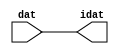

//------> /package/eda/mg/Catapult_10.3d/Mgc_home/pkgs/siflibs/ccs_in_v1.v 
//------------------------------------------------------------------------------
// Catapult Synthesis - Sample I/O Port Library
//
// Copyright (c) 2003-2017 Mentor Graphics Corp.
//       All Rights Reserved
//
// This document may be used and distributed without restriction provided that
// this copyright statement is not removed from the file and that any derivative
// work contains this copyright notice.
//
// The design information contained in this file is intended to be an example
// of the functionality which the end user may study in preparation for creating
// their own custom interfaces. This design does not necessarily present a 
// complete implementation of the named protocol or standard.
//
//------------------------------------------------------------------------------


module ccs_in_v1 (idat, dat);

  parameter integer rscid = 1;
  parameter integer width = 8;

  output [width-1:0] idat;
  input  [width-1:0] dat;

  wire   [width-1:0] idat;

  assign idat = dat;

endmodule


//------> /package/eda/mg/Catapult_10.3d/Mgc_home/pkgs/siflibs/ccs_out_v1.v 
//------------------------------------------------------------------------------
// Catapult Synthesis - Sample I/O Port Library
//
// Copyright (c) 2003-2015 Mentor Graphics Corp.
//       All Rights Reserved
//
// This document may be used and distributed without restriction provided that
// this copyright statement is not removed from the file and that any derivative
// work contains this copyright notice.
//
// The design information contained in this file is intended to be an example
// of the functionality which the end user may study in preparation for creating
// their own custom interfaces. This design does not necessarily present a 
// complete implementation of the named protocol or standard.
//
//------------------------------------------------------------------------------

module ccs_out_v1 (dat, idat);

  parameter integer rscid = 1;
  parameter integer width = 8;

  output   [width-1:0] dat;
  input    [width-1:0] idat;

  wire     [width-1:0] dat;

  assign dat = idat;

endmodule




//------> /package/eda/mg/Catapult_10.3d/Mgc_home/pkgs/siflibs/mgc_io_sync_v2.v 
//------------------------------------------------------------------------------
// Catapult Synthesis - Sample I/O Port Library
//
// Copyright (c) 2003-2017 Mentor Graphics Corp.
//       All Rights Reserved
//
// This document may be used and distributed without restriction provided that
// this copyright statement is not removed from the file and that any derivative
// work contains this copyright notice.
//
// The design information contained in this file is intended to be an example
// of the functionality which the end user may study in preparation for creating
// their own custom interfaces. This design does not necessarily present a 
// complete implementation of the named protocol or standard.
//
//------------------------------------------------------------------------------


module mgc_io_sync_v2 (ld, lz);
    parameter valid = 0;

    input  ld;
    output lz;

    wire   lz;

    assign lz = ld;

endmodule


//------> ./rtl.v 
// ----------------------------------------------------------------------
//  HLS HDL:        Verilog Netlister
//  HLS Version:    10.3d/815731 Production Release
//  HLS Date:       Wed Apr 24 14:54:19 PDT 2019
// 
//  Generated by:   695r48@cparch23.ecn.purdue.edu
//  Generated date: Tue Nov  9 14:52:32 2021
// ----------------------------------------------------------------------

// 
// ------------------------------------------------------------------
//  Design Unit:    fir_Altera_DIST_DIST_1R1W_RBW_rport_1_16_5_32_32_16_gen
// ------------------------------------------------------------------


module fir_Altera_DIST_DIST_1R1W_RBW_rport_1_16_5_32_32_16_gen (
  q, radr, radr_d, q_d, rport_r_ram_ir_internal_RMASK_B_d
);
  input [15:0] q;
  output [4:0] radr;
  input [4:0] radr_d;
  output [15:0] q_d;
  input rport_r_ram_ir_internal_RMASK_B_d;



  // Interconnect Declarations for Component Instantiations 
  assign q_d = q;
  assign radr = (radr_d);
endmodule

// ------------------------------------------------------------------
//  Design Unit:    fir_core_core_fsm
//  FSM Module
// ------------------------------------------------------------------


module fir_core_core_fsm (
  clk, rst, fsm_output, MAC_C_2_tr0
);
  input clk;
  input rst;
  output [4:0] fsm_output;
  reg [4:0] fsm_output;
  input MAC_C_2_tr0;


  // FSM State Type Declaration for fir_core_core_fsm_1
  parameter
    main_C_0 = 3'd0,
    MAC_C_0 = 3'd1,
    MAC_C_1 = 3'd2,
    MAC_C_2 = 3'd3,
    main_C_1 = 3'd4;

  reg [2:0] state_var;
  reg [2:0] state_var_NS;


  // Interconnect Declarations for Component Instantiations 
  always @(*)
  begin : fir_core_core_fsm_1
    case (state_var)
      MAC_C_0 : begin
        fsm_output = 5'b00010;
        state_var_NS = MAC_C_1;
      end
      MAC_C_1 : begin
        fsm_output = 5'b00100;
        state_var_NS = MAC_C_2;
      end
      MAC_C_2 : begin
        fsm_output = 5'b01000;
        if ( MAC_C_2_tr0 ) begin
          state_var_NS = main_C_1;
        end
        else begin
          state_var_NS = MAC_C_0;
        end
      end
      main_C_1 : begin
        fsm_output = 5'b10000;
        state_var_NS = main_C_0;
      end
      // main_C_0
      default : begin
        fsm_output = 5'b00001;
        state_var_NS = MAC_C_0;
      end
    endcase
  end

  always @(posedge clk) begin
    if ( rst ) begin
      state_var <= main_C_0;
    end
    else begin
      state_var <= state_var_NS;
    end
  end

endmodule

// ------------------------------------------------------------------
//  Design Unit:    fir_core
// ------------------------------------------------------------------


module fir_core (
  clk, rst, coeffs_rsc_triosy_lz, in1_rsc_dat, in1_rsc_triosy_lz, out1_rsc_dat, out1_rsc_triosy_lz,
      coeffs_rsci_radr_d, coeffs_rsci_q_d, coeffs_rsci_rport_r_ram_ir_internal_RMASK_B_d
);
  input clk;
  input rst;
  output coeffs_rsc_triosy_lz;
  input [15:0] in1_rsc_dat;
  output in1_rsc_triosy_lz;
  output [15:0] out1_rsc_dat;
  output out1_rsc_triosy_lz;
  output [4:0] coeffs_rsci_radr_d;
  input [15:0] coeffs_rsci_q_d;
  output coeffs_rsci_rport_r_ram_ir_internal_RMASK_B_d;


  // Interconnect Declarations
  wire [15:0] in1_rsci_idat;
  reg [15:0] out1_rsci_idat;
  wire [4:0] fsm_output;
  wire or_tmp_67;
  reg [5:0] MAC_i_5_0_sva_1;
  wire [6:0] nl_MAC_i_5_0_sva_1;
  reg reg_out1_rsc_triosy_obj_ld_cse;
  wire reg_out1_out1_and_cse;
  reg [4:0] MAC_i_5_0_sva_4_0;
  reg [15:0] regs_15_sva;
  reg [15:0] regs_16_sva;
  reg [15:0] regs_14_sva;
  reg [15:0] regs_17_sva;
  reg [15:0] regs_13_sva;
  reg [15:0] regs_18_sva;
  reg [15:0] regs_12_sva;
  reg [15:0] regs_19_sva;
  reg [15:0] regs_11_sva;
  reg [15:0] regs_20_sva;
  reg [15:0] regs_10_sva;
  reg [15:0] regs_21_sva;
  reg [15:0] regs_9_sva;
  reg [15:0] regs_22_sva;
  reg [15:0] regs_8_sva;
  reg [15:0] regs_23_sva;
  reg [15:0] regs_7_sva;
  reg [15:0] regs_24_sva;
  reg [15:0] regs_6_sva;
  reg [15:0] regs_25_sva;
  reg [15:0] regs_5_sva;
  reg [15:0] regs_26_sva;
  reg [15:0] regs_4_sva;
  reg [15:0] regs_27_sva;
  reg [15:0] regs_3_sva;
  reg [15:0] regs_28_sva;
  reg [15:0] regs_2_sva;
  reg [15:0] regs_29_sva;
  reg [15:0] regs_1_sva;
  reg [15:0] regs_30_sva;
  reg [15:0] regs_0_sva;
  reg [29:0] acc_32_3_sva;
  reg [15:0] regs_30_sva_1;
  reg [15:0] regs_29_sva_1;
  reg [15:0] regs_28_sva_1;
  reg [15:0] regs_27_sva_1;
  reg [15:0] regs_26_sva_1;
  reg [15:0] regs_25_sva_1;
  reg [15:0] regs_24_sva_1;
  reg [15:0] regs_23_sva_1;
  reg [15:0] regs_22_sva_1;
  reg [15:0] regs_21_sva_1;
  reg [15:0] regs_20_sva_1;
  reg [15:0] regs_19_sva_1;
  reg [15:0] regs_18_sva_1;
  reg [15:0] regs_17_sva_1;
  reg [15:0] regs_16_sva_1;
  reg [15:0] regs_15_sva_1;
  reg [15:0] regs_14_sva_1;
  reg [15:0] regs_13_sva_1;
  reg [15:0] regs_12_sva_1;
  reg [15:0] regs_11_sva_1;
  reg [15:0] regs_10_sva_1;
  reg [15:0] regs_9_sva_1;
  reg [15:0] regs_8_sva_1;
  reg [15:0] regs_7_sva_1;
  reg [15:0] regs_6_sva_1;
  reg [15:0] regs_5_sva_1;
  reg [15:0] regs_4_sva_1;
  reg [15:0] regs_3_sva_1;
  reg [15:0] regs_2_sva_1;
  reg [15:0] regs_1_sva_1;
  reg [15:0] regs_0_sva_1;
  reg [15:0] MAC_mux_itm;
  reg [29:0] MAC_mul_itm;
  wire signed [31:0] nl_MAC_mul_itm;
  wire [29:0] acc_32_3_sva_2;
  wire [30:0] nl_acc_32_3_sva_2;


  // Interconnect Declarations for Component Instantiations 
  wire [0:0] nl_fir_core_core_fsm_inst_MAC_C_2_tr0;
  assign nl_fir_core_core_fsm_inst_MAC_C_2_tr0 = MAC_i_5_0_sva_1[5];
  ccs_in_v1 #(.rscid(32'sd2),
  .width(32'sd16)) in1_rsci (
      .dat(in1_rsc_dat),
      .idat(in1_rsci_idat)
    );
  ccs_out_v1 #(.rscid(32'sd3),
  .width(32'sd16)) out1_rsci (
      .idat(out1_rsci_idat),
      .dat(out1_rsc_dat)
    );
  mgc_io_sync_v2 #(.valid(32'sd0)) coeffs_rsc_triosy_obj (
      .ld(reg_out1_rsc_triosy_obj_ld_cse),
      .lz(coeffs_rsc_triosy_lz)
    );
  mgc_io_sync_v2 #(.valid(32'sd0)) in1_rsc_triosy_obj (
      .ld(reg_out1_rsc_triosy_obj_ld_cse),
      .lz(in1_rsc_triosy_lz)
    );
  mgc_io_sync_v2 #(.valid(32'sd0)) out1_rsc_triosy_obj (
      .ld(reg_out1_rsc_triosy_obj_ld_cse),
      .lz(out1_rsc_triosy_lz)
    );
  fir_core_core_fsm fir_core_core_fsm_inst (
      .clk(clk),
      .rst(rst),
      .fsm_output(fsm_output),
      .MAC_C_2_tr0(nl_fir_core_core_fsm_inst_MAC_C_2_tr0[0:0])
    );
  assign reg_out1_out1_and_cse = (MAC_i_5_0_sva_1[5]) & (fsm_output[3]);
  assign nl_acc_32_3_sva_2 = acc_32_3_sva + MAC_mul_itm;
  assign acc_32_3_sva_2 = nl_acc_32_3_sva_2[29:0];
  assign or_tmp_67 = ~((fsm_output[0]) | (fsm_output[4]));
  assign coeffs_rsci_radr_d = MAC_i_5_0_sva_4_0;
  assign coeffs_rsci_rport_r_ram_ir_internal_RMASK_B_d = fsm_output[1];
  always @(posedge clk) begin
    if ( rst ) begin
      acc_32_3_sva <= 30'b000000000000000000000000000000;
    end
    else if ( (fsm_output[3]) | (fsm_output[0]) ) begin
      acc_32_3_sva <= MUX_v_30_2_2(30'b000000000000000000000000000000, acc_32_3_sva_2,
          (fsm_output[3]));
    end
  end
  always @(posedge clk) begin
    if ( rst ) begin
      out1_rsci_idat <= 16'b0000000000000000;
      regs_0_sva <= 16'b0000000000000000;
      regs_1_sva <= 16'b0000000000000000;
      regs_2_sva <= 16'b0000000000000000;
      regs_3_sva <= 16'b0000000000000000;
      regs_4_sva <= 16'b0000000000000000;
      regs_5_sva <= 16'b0000000000000000;
      regs_6_sva <= 16'b0000000000000000;
      regs_7_sva <= 16'b0000000000000000;
      regs_8_sva <= 16'b0000000000000000;
      regs_9_sva <= 16'b0000000000000000;
      regs_10_sva <= 16'b0000000000000000;
      regs_11_sva <= 16'b0000000000000000;
      regs_12_sva <= 16'b0000000000000000;
      regs_13_sva <= 16'b0000000000000000;
      regs_14_sva <= 16'b0000000000000000;
      regs_15_sva <= 16'b0000000000000000;
      regs_16_sva <= 16'b0000000000000000;
      regs_17_sva <= 16'b0000000000000000;
      regs_18_sva <= 16'b0000000000000000;
      regs_19_sva <= 16'b0000000000000000;
      regs_20_sva <= 16'b0000000000000000;
      regs_21_sva <= 16'b0000000000000000;
      regs_22_sva <= 16'b0000000000000000;
      regs_23_sva <= 16'b0000000000000000;
      regs_24_sva <= 16'b0000000000000000;
      regs_25_sva <= 16'b0000000000000000;
      regs_26_sva <= 16'b0000000000000000;
      regs_27_sva <= 16'b0000000000000000;
      regs_28_sva <= 16'b0000000000000000;
      regs_29_sva <= 16'b0000000000000000;
      regs_30_sva <= 16'b0000000000000000;
    end
    else if ( reg_out1_out1_and_cse ) begin
      out1_rsci_idat <= acc_32_3_sva_2[29:14];
      regs_0_sva <= regs_0_sva_1;
      regs_1_sva <= regs_1_sva_1;
      regs_2_sva <= regs_2_sva_1;
      regs_3_sva <= regs_3_sva_1;
      regs_4_sva <= regs_4_sva_1;
      regs_5_sva <= regs_5_sva_1;
      regs_6_sva <= regs_6_sva_1;
      regs_7_sva <= regs_7_sva_1;
      regs_8_sva <= regs_8_sva_1;
      regs_9_sva <= regs_9_sva_1;
      regs_10_sva <= regs_10_sva_1;
      regs_11_sva <= regs_11_sva_1;
      regs_12_sva <= regs_12_sva_1;
      regs_13_sva <= regs_13_sva_1;
      regs_14_sva <= regs_14_sva_1;
      regs_15_sva <= regs_15_sva_1;
      regs_16_sva <= regs_16_sva_1;
      regs_17_sva <= regs_17_sva_1;
      regs_18_sva <= regs_18_sva_1;
      regs_19_sva <= regs_19_sva_1;
      regs_20_sva <= regs_20_sva_1;
      regs_21_sva <= regs_21_sva_1;
      regs_22_sva <= regs_22_sva_1;
      regs_23_sva <= regs_23_sva_1;
      regs_24_sva <= regs_24_sva_1;
      regs_25_sva <= regs_25_sva_1;
      regs_26_sva <= regs_26_sva_1;
      regs_27_sva <= regs_27_sva_1;
      regs_28_sva <= regs_28_sva_1;
      regs_29_sva <= regs_29_sva_1;
      regs_30_sva <= regs_30_sva_1;
    end
  end
  always @(posedge clk) begin
    if ( rst ) begin
      MAC_i_5_0_sva_4_0 <= 5'b00000;
      reg_out1_rsc_triosy_obj_ld_cse <= 1'b0;
      MAC_mux_itm <= 16'b0000000000000000;
      MAC_mul_itm <= 30'b000000000000000000000000000000;
    end
    else begin
      MAC_i_5_0_sva_4_0 <= MUX_v_5_2_2(5'b00000, (MAC_i_5_0_sva_1[4:0]), (fsm_output[3]));
      reg_out1_rsc_triosy_obj_ld_cse <= reg_out1_out1_and_cse;
      MAC_mux_itm <= MUX_v_16_32_2(regs_0_sva_1, regs_0_sva, regs_1_sva, regs_2_sva,
          regs_3_sva, regs_4_sva, regs_5_sva, regs_6_sva, regs_7_sva, regs_8_sva,
          regs_9_sva, regs_10_sva, regs_11_sva, regs_12_sva, regs_13_sva, regs_14_sva,
          regs_15_sva, regs_16_sva, regs_17_sva, regs_18_sva, regs_19_sva, regs_20_sva,
          regs_21_sva, regs_22_sva, regs_23_sva, regs_24_sva, regs_25_sva, regs_26_sva,
          regs_27_sva, regs_28_sva, regs_29_sva, regs_30_sva, MAC_i_5_0_sva_4_0);
      MAC_mul_itm <= nl_MAC_mul_itm[29:0];
    end
  end
  always @(posedge clk) begin
    if ( rst ) begin
      regs_0_sva_1 <= 16'b0000000000000000;
    end
    else if ( ~ or_tmp_67 ) begin
      regs_0_sva_1 <= in1_rsci_idat;
    end
  end
  always @(posedge clk) begin
    if ( rst ) begin
      regs_30_sva_1 <= 16'b0000000000000000;
    end
    else if ( ~ or_tmp_67 ) begin
      regs_30_sva_1 <= regs_29_sva;
    end
  end
  always @(posedge clk) begin
    if ( rst ) begin
      regs_29_sva_1 <= 16'b0000000000000000;
    end
    else if ( ~ or_tmp_67 ) begin
      regs_29_sva_1 <= regs_28_sva;
    end
  end
  always @(posedge clk) begin
    if ( rst ) begin
      regs_28_sva_1 <= 16'b0000000000000000;
    end
    else if ( ~ or_tmp_67 ) begin
      regs_28_sva_1 <= regs_27_sva;
    end
  end
  always @(posedge clk) begin
    if ( rst ) begin
      regs_27_sva_1 <= 16'b0000000000000000;
    end
    else if ( ~ or_tmp_67 ) begin
      regs_27_sva_1 <= regs_26_sva;
    end
  end
  always @(posedge clk) begin
    if ( rst ) begin
      regs_26_sva_1 <= 16'b0000000000000000;
    end
    else if ( ~ or_tmp_67 ) begin
      regs_26_sva_1 <= regs_25_sva;
    end
  end
  always @(posedge clk) begin
    if ( rst ) begin
      regs_25_sva_1 <= 16'b0000000000000000;
    end
    else if ( ~ or_tmp_67 ) begin
      regs_25_sva_1 <= regs_24_sva;
    end
  end
  always @(posedge clk) begin
    if ( rst ) begin
      regs_24_sva_1 <= 16'b0000000000000000;
    end
    else if ( ~ or_tmp_67 ) begin
      regs_24_sva_1 <= regs_23_sva;
    end
  end
  always @(posedge clk) begin
    if ( rst ) begin
      regs_23_sva_1 <= 16'b0000000000000000;
    end
    else if ( ~ or_tmp_67 ) begin
      regs_23_sva_1 <= regs_22_sva;
    end
  end
  always @(posedge clk) begin
    if ( rst ) begin
      regs_22_sva_1 <= 16'b0000000000000000;
    end
    else if ( ~ or_tmp_67 ) begin
      regs_22_sva_1 <= regs_21_sva;
    end
  end
  always @(posedge clk) begin
    if ( rst ) begin
      regs_21_sva_1 <= 16'b0000000000000000;
    end
    else if ( ~ or_tmp_67 ) begin
      regs_21_sva_1 <= regs_20_sva;
    end
  end
  always @(posedge clk) begin
    if ( rst ) begin
      regs_20_sva_1 <= 16'b0000000000000000;
    end
    else if ( ~ or_tmp_67 ) begin
      regs_20_sva_1 <= regs_19_sva;
    end
  end
  always @(posedge clk) begin
    if ( rst ) begin
      regs_19_sva_1 <= 16'b0000000000000000;
    end
    else if ( ~ or_tmp_67 ) begin
      regs_19_sva_1 <= regs_18_sva;
    end
  end
  always @(posedge clk) begin
    if ( rst ) begin
      regs_18_sva_1 <= 16'b0000000000000000;
    end
    else if ( ~ or_tmp_67 ) begin
      regs_18_sva_1 <= regs_17_sva;
    end
  end
  always @(posedge clk) begin
    if ( rst ) begin
      regs_17_sva_1 <= 16'b0000000000000000;
    end
    else if ( ~ or_tmp_67 ) begin
      regs_17_sva_1 <= regs_16_sva;
    end
  end
  always @(posedge clk) begin
    if ( rst ) begin
      regs_16_sva_1 <= 16'b0000000000000000;
    end
    else if ( ~ or_tmp_67 ) begin
      regs_16_sva_1 <= regs_15_sva;
    end
  end
  always @(posedge clk) begin
    if ( rst ) begin
      regs_15_sva_1 <= 16'b0000000000000000;
    end
    else if ( ~ or_tmp_67 ) begin
      regs_15_sva_1 <= regs_14_sva;
    end
  end
  always @(posedge clk) begin
    if ( rst ) begin
      regs_14_sva_1 <= 16'b0000000000000000;
    end
    else if ( ~ or_tmp_67 ) begin
      regs_14_sva_1 <= regs_13_sva;
    end
  end
  always @(posedge clk) begin
    if ( rst ) begin
      regs_13_sva_1 <= 16'b0000000000000000;
    end
    else if ( ~ or_tmp_67 ) begin
      regs_13_sva_1 <= regs_12_sva;
    end
  end
  always @(posedge clk) begin
    if ( rst ) begin
      regs_12_sva_1 <= 16'b0000000000000000;
    end
    else if ( ~ or_tmp_67 ) begin
      regs_12_sva_1 <= regs_11_sva;
    end
  end
  always @(posedge clk) begin
    if ( rst ) begin
      regs_11_sva_1 <= 16'b0000000000000000;
    end
    else if ( ~ or_tmp_67 ) begin
      regs_11_sva_1 <= regs_10_sva;
    end
  end
  always @(posedge clk) begin
    if ( rst ) begin
      regs_10_sva_1 <= 16'b0000000000000000;
    end
    else if ( ~ or_tmp_67 ) begin
      regs_10_sva_1 <= regs_9_sva;
    end
  end
  always @(posedge clk) begin
    if ( rst ) begin
      regs_9_sva_1 <= 16'b0000000000000000;
    end
    else if ( ~ or_tmp_67 ) begin
      regs_9_sva_1 <= regs_8_sva;
    end
  end
  always @(posedge clk) begin
    if ( rst ) begin
      regs_8_sva_1 <= 16'b0000000000000000;
    end
    else if ( ~ or_tmp_67 ) begin
      regs_8_sva_1 <= regs_7_sva;
    end
  end
  always @(posedge clk) begin
    if ( rst ) begin
      regs_7_sva_1 <= 16'b0000000000000000;
    end
    else if ( ~ or_tmp_67 ) begin
      regs_7_sva_1 <= regs_6_sva;
    end
  end
  always @(posedge clk) begin
    if ( rst ) begin
      regs_6_sva_1 <= 16'b0000000000000000;
    end
    else if ( ~ or_tmp_67 ) begin
      regs_6_sva_1 <= regs_5_sva;
    end
  end
  always @(posedge clk) begin
    if ( rst ) begin
      regs_5_sva_1 <= 16'b0000000000000000;
    end
    else if ( ~ or_tmp_67 ) begin
      regs_5_sva_1 <= regs_4_sva;
    end
  end
  always @(posedge clk) begin
    if ( rst ) begin
      regs_4_sva_1 <= 16'b0000000000000000;
    end
    else if ( ~ or_tmp_67 ) begin
      regs_4_sva_1 <= regs_3_sva;
    end
  end
  always @(posedge clk) begin
    if ( rst ) begin
      regs_3_sva_1 <= 16'b0000000000000000;
    end
    else if ( ~ or_tmp_67 ) begin
      regs_3_sva_1 <= regs_2_sva;
    end
  end
  always @(posedge clk) begin
    if ( rst ) begin
      regs_2_sva_1 <= 16'b0000000000000000;
    end
    else if ( ~ or_tmp_67 ) begin
      regs_2_sva_1 <= regs_1_sva;
    end
  end
  always @(posedge clk) begin
    if ( rst ) begin
      regs_1_sva_1 <= 16'b0000000000000000;
    end
    else if ( ~ or_tmp_67 ) begin
      regs_1_sva_1 <= regs_0_sva;
    end
  end
  always @(posedge clk) begin
    if ( rst ) begin
      MAC_i_5_0_sva_1 <= 6'b000000;
    end
    else if ( fsm_output[1] ) begin
      MAC_i_5_0_sva_1 <= nl_MAC_i_5_0_sva_1[5:0];
    end
  end
  assign nl_MAC_mul_itm  = $signed(MAC_mux_itm) * $signed((coeffs_rsci_q_d));
  assign nl_MAC_i_5_0_sva_1  = conv_u2s_5_6(MAC_i_5_0_sva_4_0) + 6'b000001;

  function automatic [15:0] MUX_v_16_32_2;
    input [15:0] input_0;
    input [15:0] input_1;
    input [15:0] input_2;
    input [15:0] input_3;
    input [15:0] input_4;
    input [15:0] input_5;
    input [15:0] input_6;
    input [15:0] input_7;
    input [15:0] input_8;
    input [15:0] input_9;
    input [15:0] input_10;
    input [15:0] input_11;
    input [15:0] input_12;
    input [15:0] input_13;
    input [15:0] input_14;
    input [15:0] input_15;
    input [15:0] input_16;
    input [15:0] input_17;
    input [15:0] input_18;
    input [15:0] input_19;
    input [15:0] input_20;
    input [15:0] input_21;
    input [15:0] input_22;
    input [15:0] input_23;
    input [15:0] input_24;
    input [15:0] input_25;
    input [15:0] input_26;
    input [15:0] input_27;
    input [15:0] input_28;
    input [15:0] input_29;
    input [15:0] input_30;
    input [15:0] input_31;
    input [4:0] sel;
    reg [15:0] result;
  begin
    case (sel)
      5'b00000 : begin
        result = input_0;
      end
      5'b00001 : begin
        result = input_1;
      end
      5'b00010 : begin
        result = input_2;
      end
      5'b00011 : begin
        result = input_3;
      end
      5'b00100 : begin
        result = input_4;
      end
      5'b00101 : begin
        result = input_5;
      end
      5'b00110 : begin
        result = input_6;
      end
      5'b00111 : begin
        result = input_7;
      end
      5'b01000 : begin
        result = input_8;
      end
      5'b01001 : begin
        result = input_9;
      end
      5'b01010 : begin
        result = input_10;
      end
      5'b01011 : begin
        result = input_11;
      end
      5'b01100 : begin
        result = input_12;
      end
      5'b01101 : begin
        result = input_13;
      end
      5'b01110 : begin
        result = input_14;
      end
      5'b01111 : begin
        result = input_15;
      end
      5'b10000 : begin
        result = input_16;
      end
      5'b10001 : begin
        result = input_17;
      end
      5'b10010 : begin
        result = input_18;
      end
      5'b10011 : begin
        result = input_19;
      end
      5'b10100 : begin
        result = input_20;
      end
      5'b10101 : begin
        result = input_21;
      end
      5'b10110 : begin
        result = input_22;
      end
      5'b10111 : begin
        result = input_23;
      end
      5'b11000 : begin
        result = input_24;
      end
      5'b11001 : begin
        result = input_25;
      end
      5'b11010 : begin
        result = input_26;
      end
      5'b11011 : begin
        result = input_27;
      end
      5'b11100 : begin
        result = input_28;
      end
      5'b11101 : begin
        result = input_29;
      end
      5'b11110 : begin
        result = input_30;
      end
      default : begin
        result = input_31;
      end
    endcase
    MUX_v_16_32_2 = result;
  end
  endfunction


  function automatic [29:0] MUX_v_30_2_2;
    input [29:0] input_0;
    input [29:0] input_1;
    input [0:0] sel;
    reg [29:0] result;
  begin
    case (sel)
      1'b0 : begin
        result = input_0;
      end
      default : begin
        result = input_1;
      end
    endcase
    MUX_v_30_2_2 = result;
  end
  endfunction


  function automatic [4:0] MUX_v_5_2_2;
    input [4:0] input_0;
    input [4:0] input_1;
    input [0:0] sel;
    reg [4:0] result;
  begin
    case (sel)
      1'b0 : begin
        result = input_0;
      end
      default : begin
        result = input_1;
      end
    endcase
    MUX_v_5_2_2 = result;
  end
  endfunction


  function automatic [5:0] conv_u2s_5_6 ;
    input [4:0]  vector ;
  begin
    conv_u2s_5_6 =  {1'b0, vector};
  end
  endfunction

endmodule

// ------------------------------------------------------------------
//  Design Unit:    fir
// ------------------------------------------------------------------


module fir (
  clk, rst, coeffs_rsc_radr, coeffs_rsc_q, coeffs_rsc_triosy_lz, in1_rsc_dat, in1_rsc_triosy_lz,
      out1_rsc_dat, out1_rsc_triosy_lz
);
  input clk;
  input rst;
  output [4:0] coeffs_rsc_radr;
  input [15:0] coeffs_rsc_q;
  output coeffs_rsc_triosy_lz;
  input [15:0] in1_rsc_dat;
  output in1_rsc_triosy_lz;
  output [15:0] out1_rsc_dat;
  output out1_rsc_triosy_lz;


  // Interconnect Declarations
  wire [4:0] coeffs_rsci_radr_d;
  wire [15:0] coeffs_rsci_q_d;
  wire coeffs_rsci_rport_r_ram_ir_internal_RMASK_B_d;


  // Interconnect Declarations for Component Instantiations 
  fir_Altera_DIST_DIST_1R1W_RBW_rport_1_16_5_32_32_16_gen coeffs_rsci (
      .q(coeffs_rsc_q),
      .radr(coeffs_rsc_radr),
      .radr_d(coeffs_rsci_radr_d),
      .q_d(coeffs_rsci_q_d),
      .rport_r_ram_ir_internal_RMASK_B_d(coeffs_rsci_rport_r_ram_ir_internal_RMASK_B_d)
    );
  fir_core fir_core_inst (
      .clk(clk),
      .rst(rst),
      .coeffs_rsc_triosy_lz(coeffs_rsc_triosy_lz),
      .in1_rsc_dat(in1_rsc_dat),
      .in1_rsc_triosy_lz(in1_rsc_triosy_lz),
      .out1_rsc_dat(out1_rsc_dat),
      .out1_rsc_triosy_lz(out1_rsc_triosy_lz),
      .coeffs_rsci_radr_d(coeffs_rsci_radr_d),
      .coeffs_rsci_q_d(coeffs_rsci_q_d),
      .coeffs_rsci_rport_r_ram_ir_internal_RMASK_B_d(coeffs_rsci_rport_r_ram_ir_internal_RMASK_B_d)
    );
endmodule